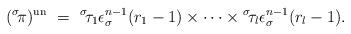
LaTeX: \begin{align*}({}^\sigma\!\pi)^{\rm un} \ = \ {}^\sigma\!\tau_1\epsilon_\sigma^{n-1}(r_1-1) \times \cdots \times {}^\sigma\!\tau_l \epsilon_\sigma^{n-1}(r_l-1).\end{align*}